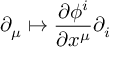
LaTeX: \quad \partial _ { \mu } \mapsto { \frac { \partial \phi ^ { i } } { \partial x ^ { \mu } } } \partial _ { i }